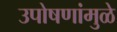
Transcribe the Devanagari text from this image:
उपोषणांमुळे